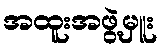
အထူးအဖွဲ့မှူး